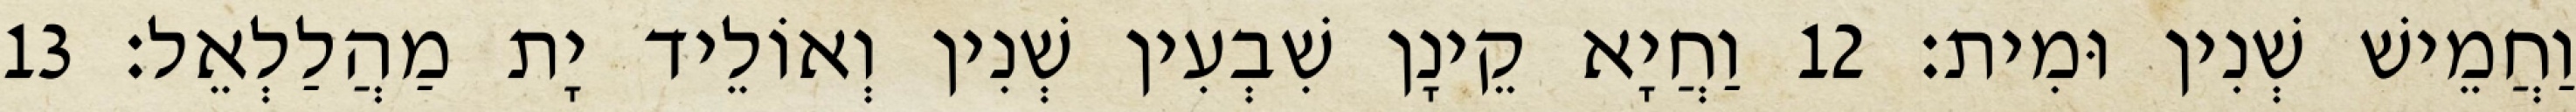
וַחֲמֵישׁ שְׁנִין וּמִית׃ 12 וַחֲיָא קֵינָן שִׁבְעִין שְׁנִין וְאוֹלֵיד יָת מַהֲלַלְאֵל׃ 13